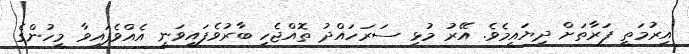
އިރުމަތީ ފަރާތަށް ދިޔައީމެވެ. އޭރު މުޅި ސަރަހައްދު ތޮއްޖެހި ބާރުވެފައިވަނީ އެއްވެފައިވާ މީހުންގެ